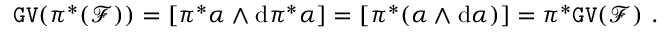
\mathtt { G V } ( \pi ^ { * } ( { \mathcal F } ) ) = [ \pi ^ { * } \alpha \wedge \mathrm { d } \pi ^ { * } \alpha ] = [ \pi ^ { * } ( \alpha \wedge \mathrm { d } \alpha ) ] = \pi ^ { * } \mathtt { G V } ( { \mathcal F } ) \ .